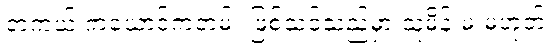
တကယ် ကယောင်ကတမ်း ဖြစ်သင့်သည်မှာ သူ့မိန်းမ မဟုတ်။